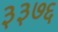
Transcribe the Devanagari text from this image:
३३७६